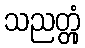
သညတ္တုံ